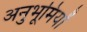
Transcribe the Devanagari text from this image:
अनुभूमियों